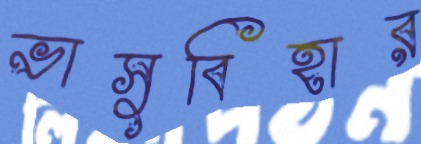
ভাসুবিহার